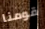
قومنا